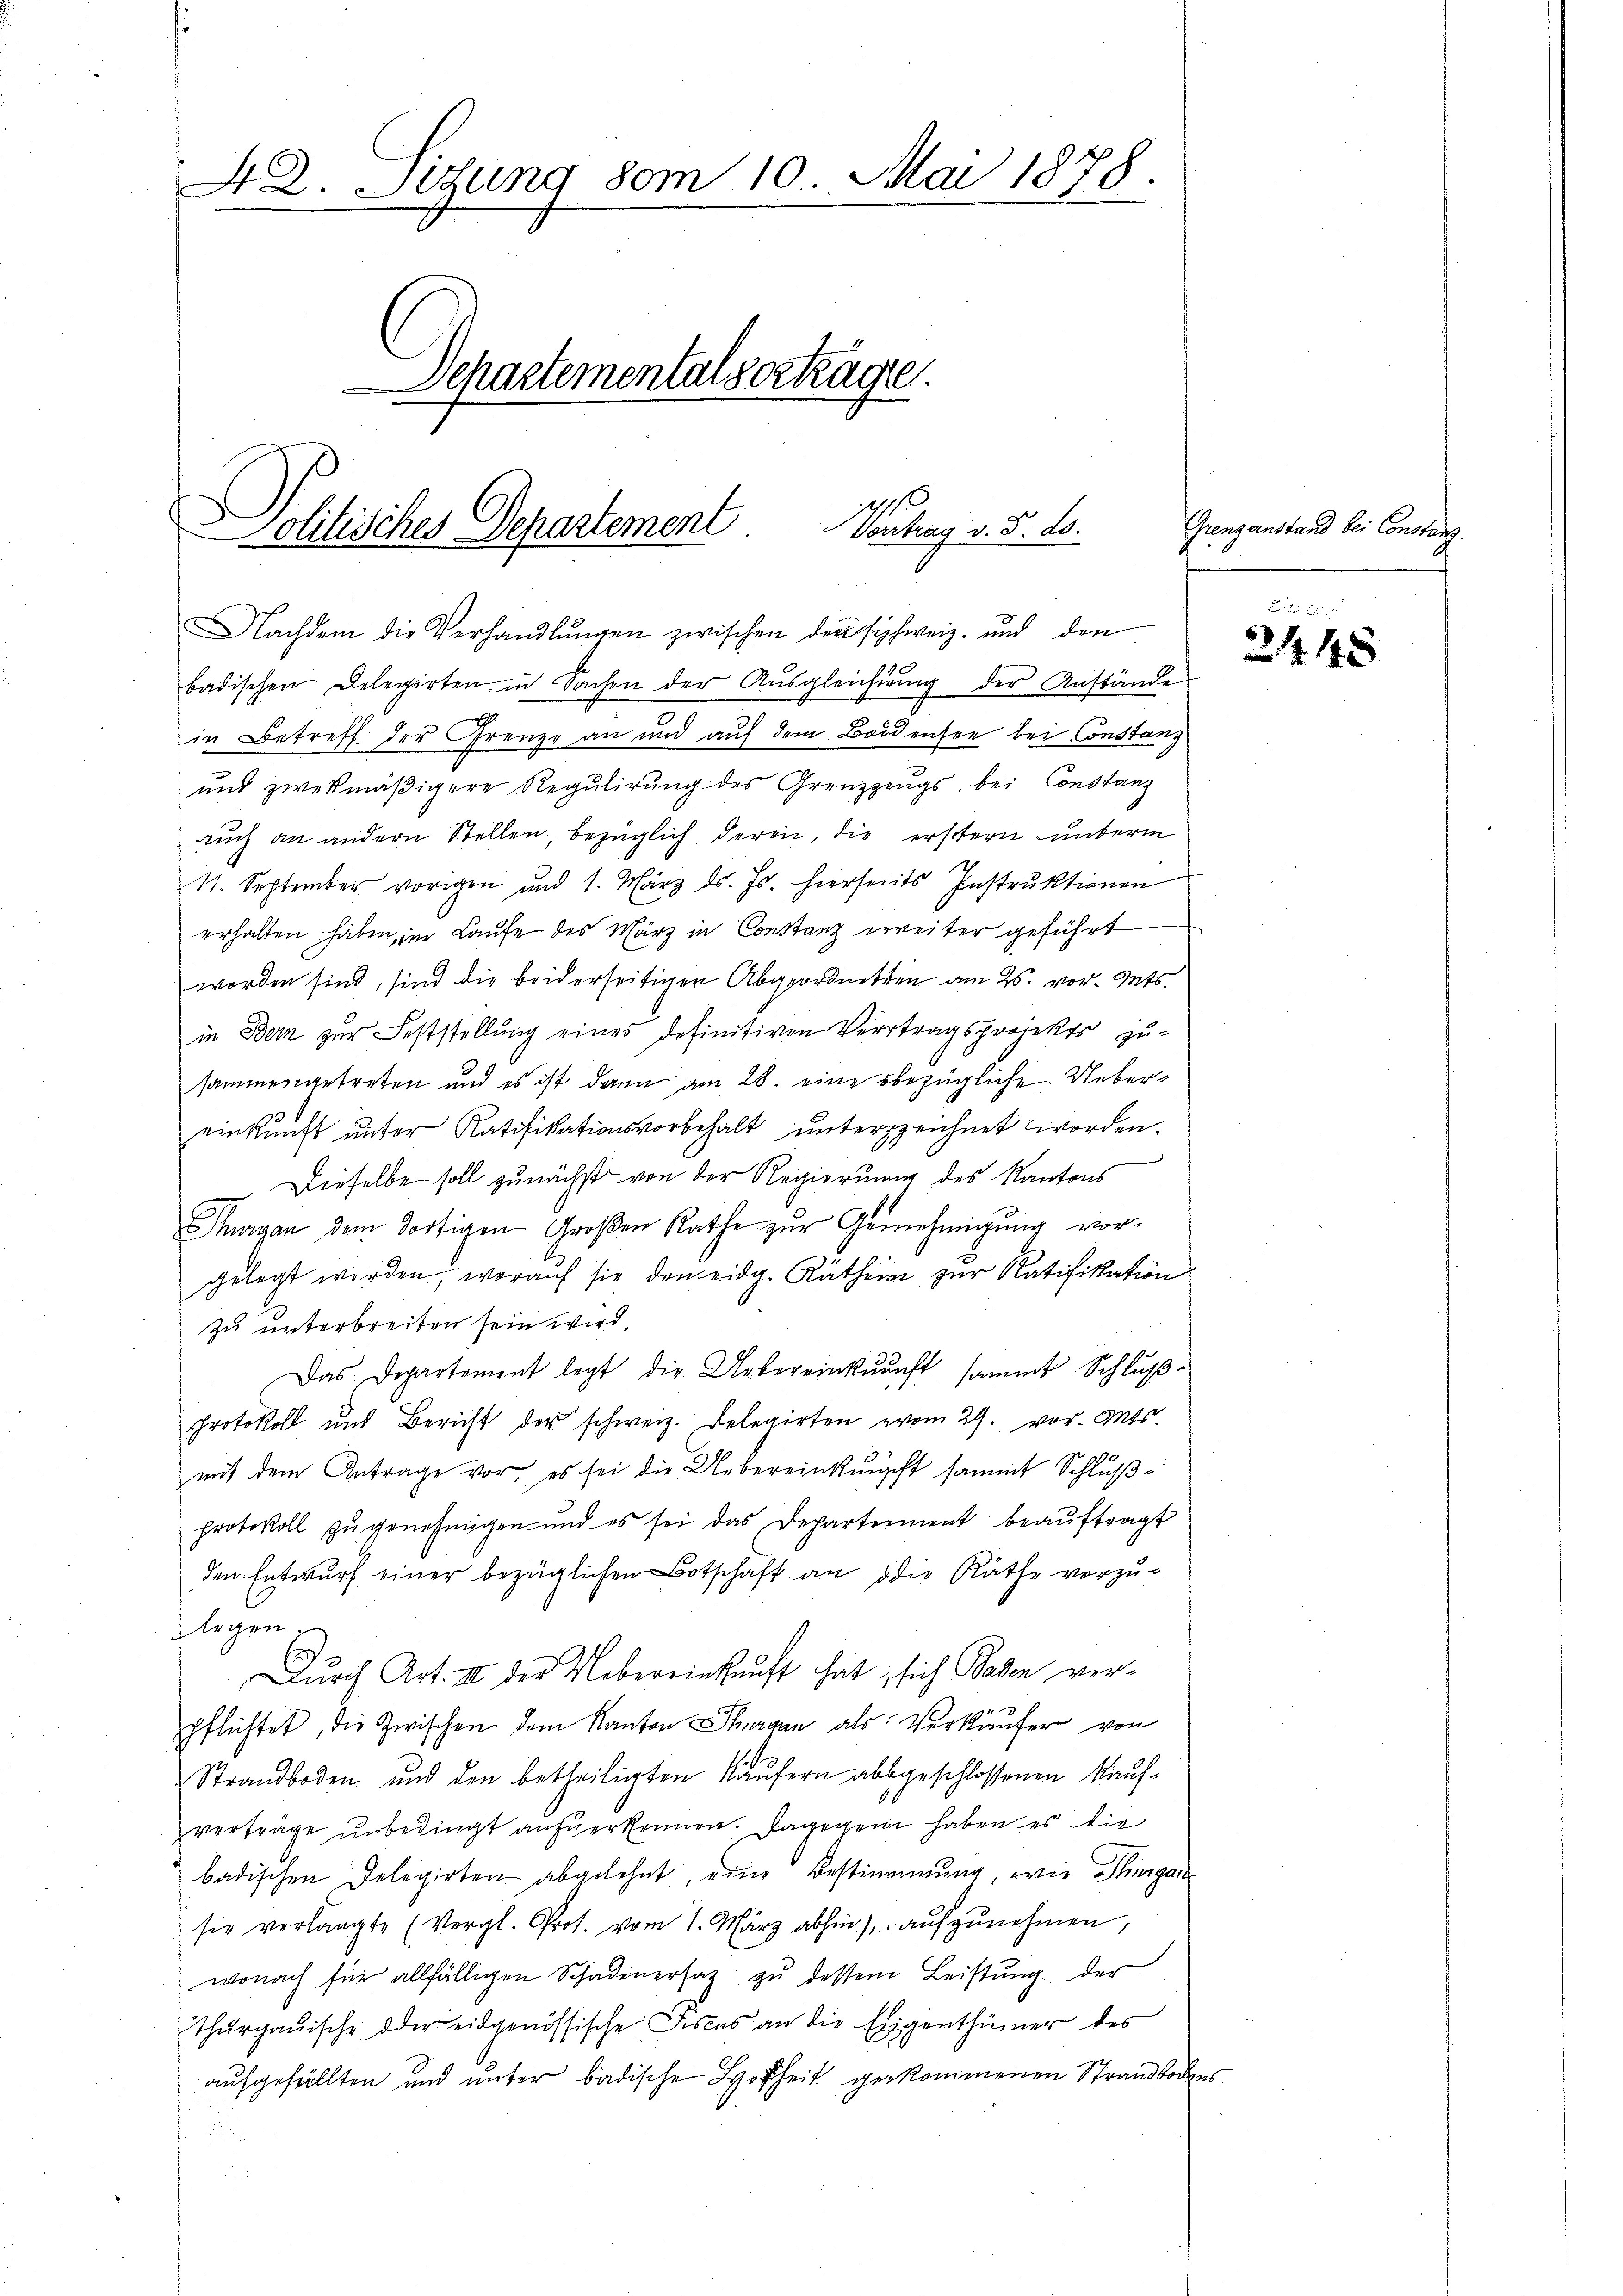
42. Setzung 80m 10. Mai 1878.
Departemental vorkage.
Solitisches Departement. Vontrag v. 5. ds.

Nachdem die Verhandlŭngen zwischen der schweiz. und den
badischen Delegirten in Sachen der Aŭsgleichŭng der Anstände
in Betreff. der Grenze an und auf dem Bodensee bei Constanz
und zwekmäβigere Regulirung des Grenzzings bei Constanz
auch an andern Stellen, bezüglich deren, die erstern unterm
11. September vorigen und 1. März ds. Js. hierseits Instruktionen
erhalten haben, im Laufe des März in Constanz weiter geführt
worden sind, sind die beiderseitigen Abgeordnetten am 26. vor. Mts.
in Bern zur Feststellung eines definitiven Vertragsprojekts zu-
sammengetreten und es ist dann am 28. eine bezügliche Uebereinkunft unter Ratifikationsvorbehalt unterzeichnet worden.
Dieselbe soll zunächst von der Regierung des Kantons
Thurgan dem dortigen Großen Rathe zur Genehmigung vorgelegt werden, woraŭf sie den eidg. Räthen zŭr Ratifikation
zu unterbreiten sein wird.
Das Departement legt die Uebereinkŭŭnft sammt Schlŭβ-
protokoll und Bericht der schweiz. Delegirten vom 29. vor. Mts.
mit dem Antrage vor, es sei die Uebereinkunft sammt Schlŭβ-
protokoll zu genehmigen und es sei das Departement beaŭftragt
den Entwurf einer bezüglichen Botschaft an die Räthe vorzu-
legen.
.
Durch Art. III der Uebereinkunft hat, sich Baden verpflichtet, die Zwischen dem Kanton Thurgan als Verkäufer von
Strandboden und den betheiligten Käŭfern abgeschlossenen Kauf-
verträge unbedingt anzuerkennen. Dagegen haben es die
badischen Delegirten abgelehnt, eine Bestimmung, wie Thurgan
sie vorlangte (Vergl. Prot. vom 1. März abhin), aufzunehmen,
wonach für allfälligen Schadenersatz zŭ dessen Leistung der
thŭrgaŭische oder eidgenössische Fiscas an die Eigenthümer des
aufgefüllten und unter badische Hoheit gekommenen Strandboden

Grenzanstand bei Constanz.

L
2448